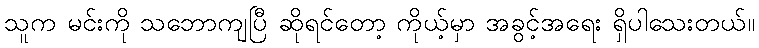
သူက မင်းကို သဘောကျပြီ ဆိုရင်တော့ ကိုယ့်မှာ အခွင့်အရေး ရှိပါသေးတယ်။